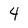
Character: 4